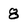
Character: 8